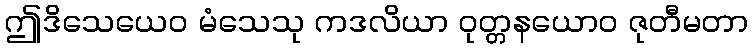
ဤဒိသေယေဝ မံသေသု ကဒလိယာ ဝုတ္တနယောဝ ဇုတီမတာ